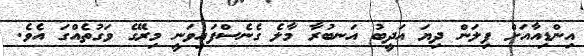
އިންޑިއާއަށް ފިލަން ދިޔަ އަދީބު އަނބުރާ މާލެ ގެނެސްފައިވަނީ މިރޭގެ ވަގުތެއްގަ އެވެ.